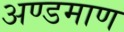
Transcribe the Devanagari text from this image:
अण्डमाण